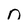
Character: n